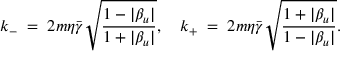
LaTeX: k _ { - } \; = \; 2 m \eta \bar { \gamma } \sqrt { { \frac { 1 - | \beta _ { u } | } { 1 + | \beta _ { u } | } } } , \quad k _ { + } \; = \; 2 m \eta \bar { \gamma } \sqrt { { \frac { 1 + | \beta _ { u } | } { 1 - | \beta _ { u } | } } } .